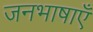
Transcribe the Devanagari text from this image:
जनभाषाएँ